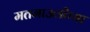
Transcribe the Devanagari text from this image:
मतमाउलीच्या